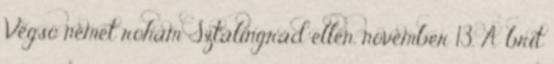
Végsõ német roham Sztálingrád ellen. november 13. A brit